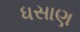
ધસાણ